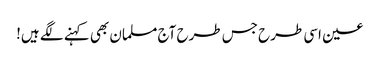
عین اسی طرح جس طرح آج مسلمان بھی کہنے لگے ہیں!